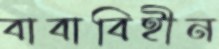
বাবাবিহীন